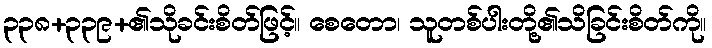
၃၃၈+၃၃၉+၏သိုခင်းစိတ်ဖြင့်။ စေတော၊ သူတစ်ပါးတို့၏သိခြင်းစိတ်ကို။